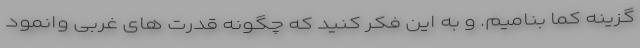
گزینه کما بنامیم. و به این فکر کنید که چگونه قدرت های غربی وانمود